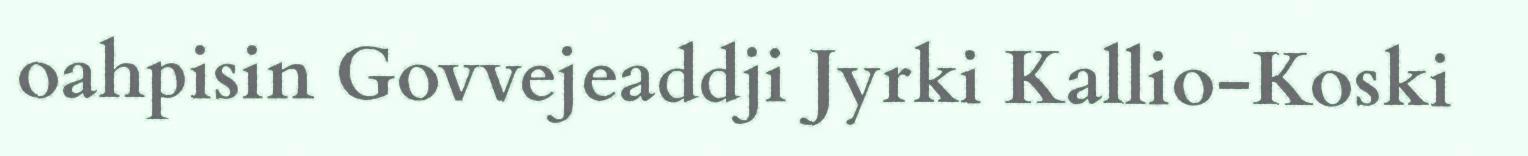
oahpisin Govvejeaddji Jyrki Kallio-Koski